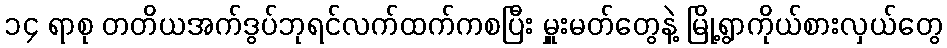
၁၄ ရာစု တတိယအက်ဒွပ်ဘုရင်လက်ထက်ကစပြီး မှူးမတ်တွေနဲ့ မြို့ရွာကိုယ်စားလှယ်တွေ